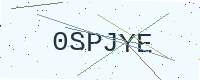
Text: 0SPJYE